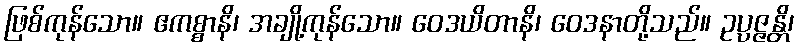
ဖြစ်ကုန်သော။ ဧကစ္စာနိ၊ အချို့ကုန်သော။ ဝေဒယိတာနိ၊ ဝေဒနာတို့သည်။ ဥပ္ပဇ္ဇန္တိ၊